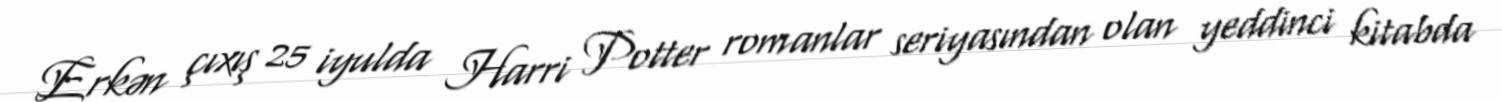
Erkən çıxış 25 iyulda Harri Potter romanlar seriyasından olan yeddinci kitabda